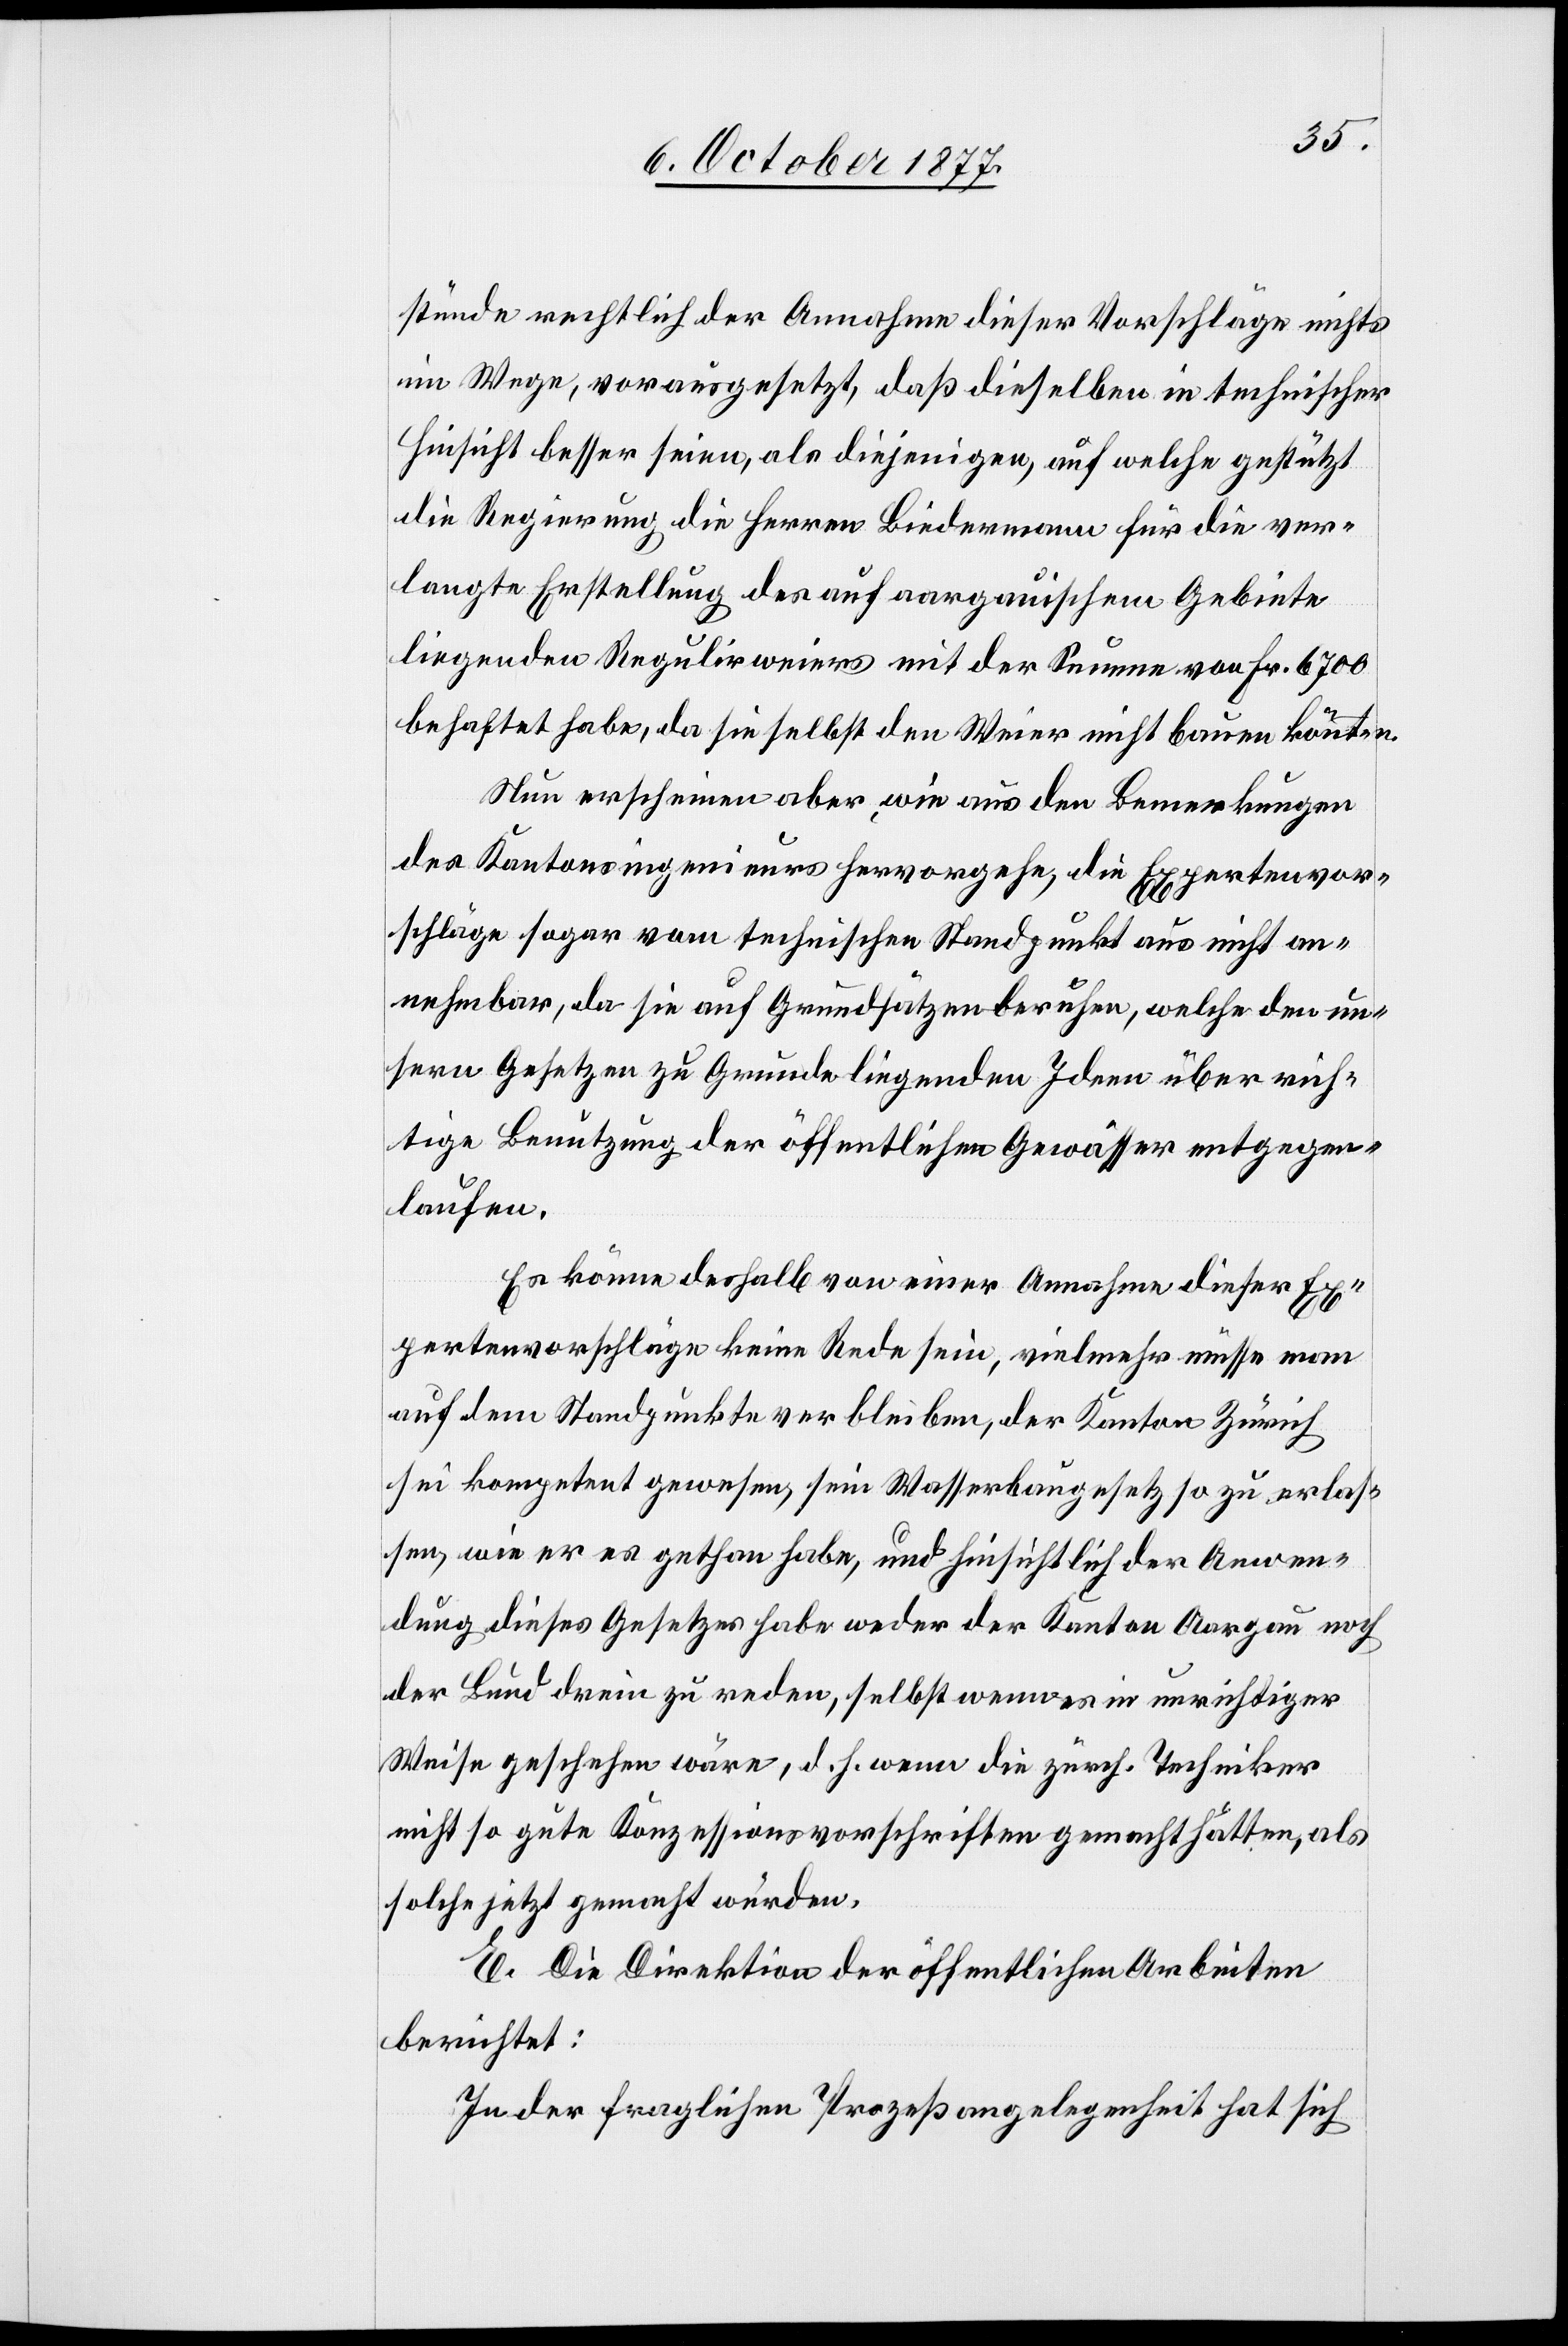
stünde rechtlich der Annahme dieser Vorschläge nichts
im Wege, vorausgesetzt, daß dieselben in technischer
Hinsicht besser seien, als diejenigen, auf welche gestützt
die Regierung die Herren Biedermann für die ver¬
langte Erstellung des auf aargauischem Gebiete
liegenden Regulirweiers mit der Summe von Fr. 6700
behaftet habe, da sie selbst den Weier nicht bauen könnten.
Nun erscheinen aber, wie aus den Bemerkungen
des Kantonsingenieurs hervorgehe, die Expertenvor¬
schläge sogar vom technischen Standpunkt aus nicht an¬
nehmbar, da sie auf Grundsätzen beruhen, welche den un¬
sern Gesetzen zu Grunde liegenden Ideen über rich¬
tige Benutzung der öffentlichen Gewässer entgegen¬
laufen.
Es könne deshalb von einer Annahme dieser Ex¬
pertenvorschläge keine Rede sein, vielmehr müsse man
auf dem Standpunkte verbleiben, der Kanton Zürich
sei kompetent gewesen, sein Wasserbaugesetz so zu erlas¬
sen, wie er es gethan habe, und hinsichtlich der Anwen¬
dung dieses Gesetzes habe weder der Kanton Aargau noch
der Bund drein zu reden, selbst wenn es in unrichtiger
Weise geschehen wäre, d. h. wenn die zürch. Techniker
nicht so gute Konzessionsvorschriften gemacht hätten, als
solche jetzt gemacht wurden.
E. Die Direktion der öffentlichen Arbeiten
berichtet:
In der fraglichen Prozeßangelegenheit hat sich